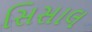
સિસાલ